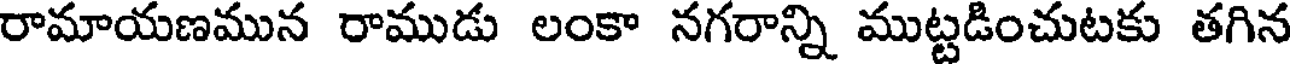
రామాయణమున రాముడు లంకా నగరాన్ని ముట్టడించుటకు తగిన